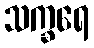
သက္ခရေ